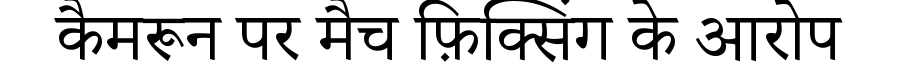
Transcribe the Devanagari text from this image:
कैमरून पर मैच फ़िक्सिंग के आरोप